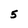
Character: 5